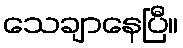
သေချာနေပြီ။